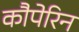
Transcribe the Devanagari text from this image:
कौपेरिन